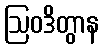
ဩဝဒိတွာန